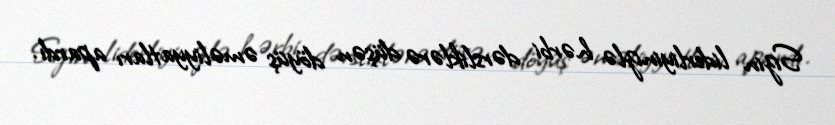
Sizin liderliyinizlə hərbi dərsliklərə düşən döyüş əməliyyatları apardı.